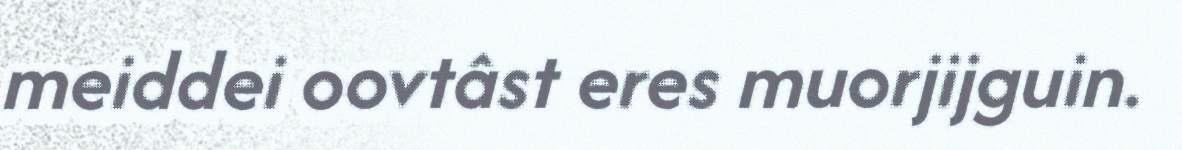
meiddei oovtâst eres muorjijguin.